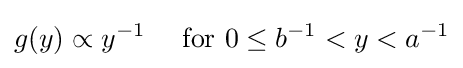
g(y)\propto y^{-1}\quad {\text{ for }}0\leq b^{-1}<y<a^{-1}